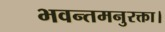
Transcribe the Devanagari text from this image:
भवन्तमनुरक्ता।